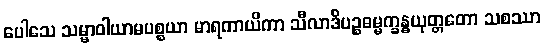
ပေါသေ သမ္မာဝါယာမပစ္စယာ မာရကာယိကာ သီလာဒိပဉ္စဓမ္မက္ခန္ဓယုတ္တတော သစဿာ